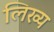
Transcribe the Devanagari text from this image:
लिख्य